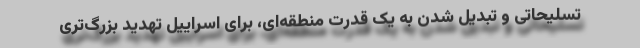
تسلیحاتی و تبدیل شدن به یک قدرت منطقه‌ای، برای اسراییل تهدید بزرگ‌تری